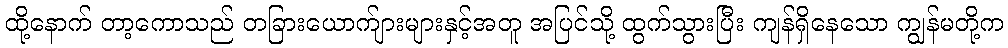
ထို့နောက် တာ့ကောသည် တခြားယောက်ျားများနှင့်အတူ အပြင်သို့ ထွက်သွားပြီး ကျန်ရှိနေသော ကျွန်မတို့က